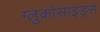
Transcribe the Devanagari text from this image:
ग्लुकोसाइड्‌स